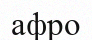
афро